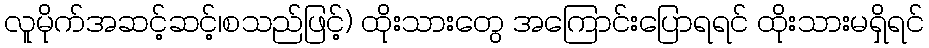
လူမိုက်အဆင့်ဆင့်၊စသည်ဖြင့်) ထိုးသားတွေ အကြောင်းပြောရရင် ထိုးသားမရှိရင်